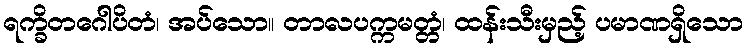
ရက္ခိတဂေါပိတံ၊ အပ်သော။ တာလပက္ကမတ္တံ၊ ထန်းသီးမှည့် ပမာဏရှိသော